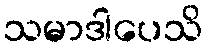
သမာဒါပေသိ